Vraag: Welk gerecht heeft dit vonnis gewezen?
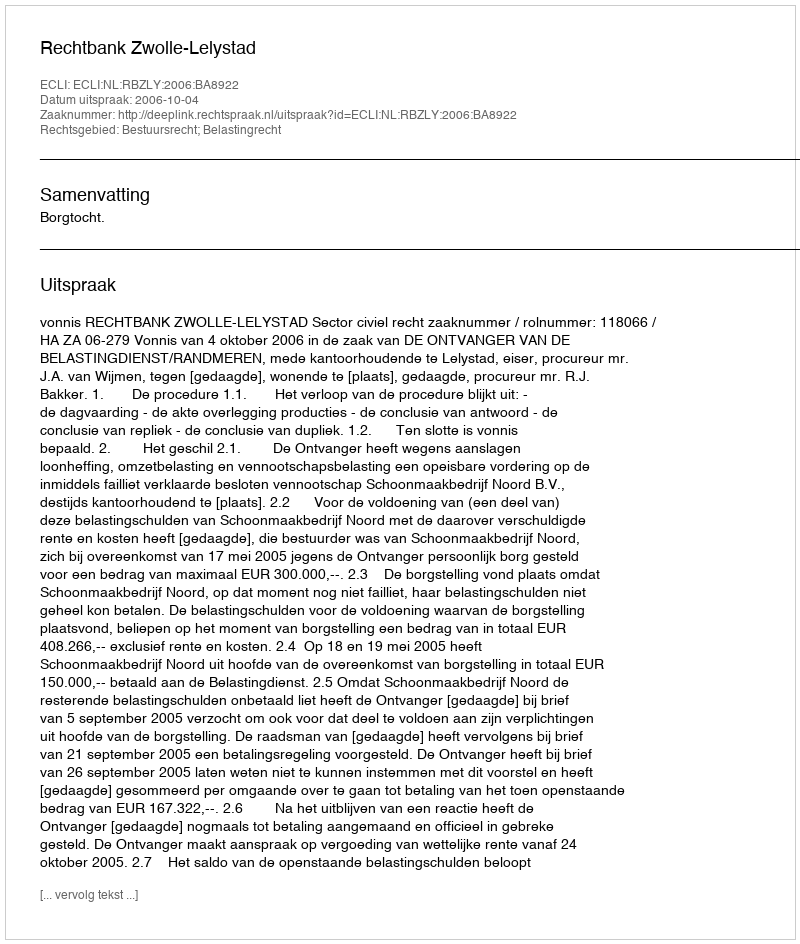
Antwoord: Rechtbank Zwolle-Lelystad